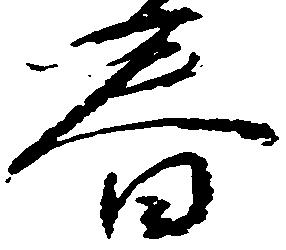
春